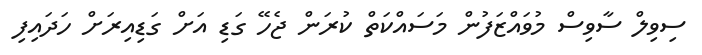
ސިވިލް ސާވިސް މުވައްޒަފުން މަސައްކަތް ކުރަން ޖެހޭ ގަޑި އަށް ގަޑިއިރަށް ހަދައިފި